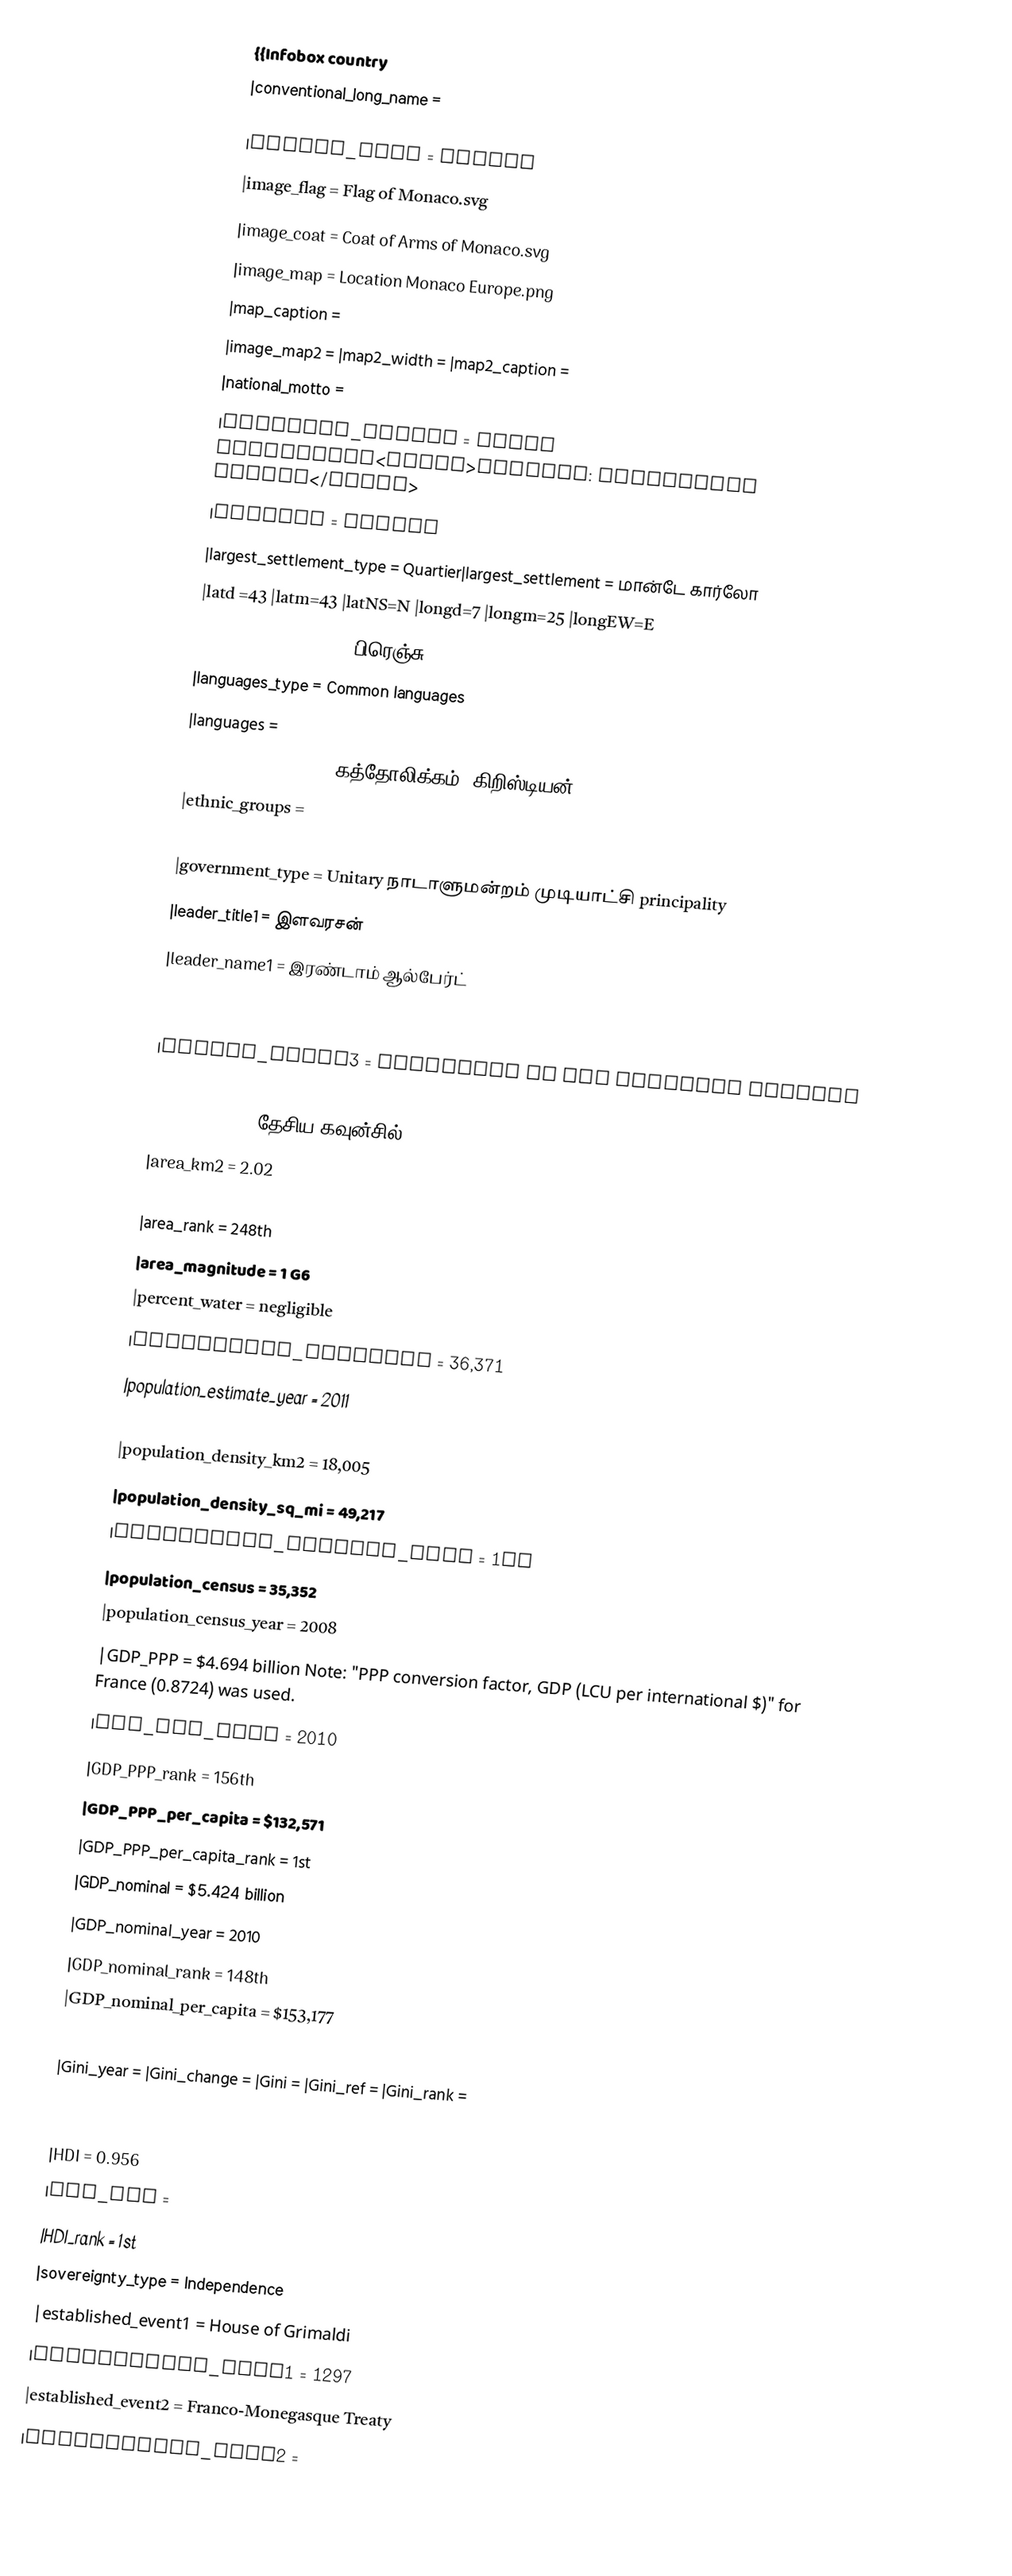
{{Infobox country
|conventional_long_name =

|common_name = Monaco
|image_flag = Flag of Monaco.svg
|image_coat = Coat of Arms of Monaco.svg
|image_map = Location Monaco Europe.png
|map_caption =
|image_map2 = |map2_width = |map2_caption =
|national_motto =
|national_anthem = Hymne Monégasque<small>English: Monégasque Anthem</small>
|capital = Monaco
|largest_settlement_type = Quartier|largest_settlement = மான்டே கார்லோ
|latd =43 |latm=43 |latNS=N |longd=7 |longm=25 |longEW=E
|official_languages = பிரெஞ்சு
|languages_type = Common languages
|languages =
|official_religion = கத்தோலிக்கம் (கிறிஸ்டியன்)
|ethnic_groups =
|demonym =
|government_type = Unitary நாடாளுமன்றம் முடியாட்சி principality
|leader_title1 = இளவரசன்
|leader_name1 = இரண்டாம் ஆல்பேர்ட்
|leader_title2 = Minister of State
|leader_name2 = Michel Roger
|leader_title3 = President of the National Council
|leader_name3 = Laurent Nouvion (REM)
|legislature = தேசிய கவுன்சில்
|area_km2 = 2.02
|area_sq_mi = 0.78
|area_rank = 248th
|area_magnitude = 1 G6
|percent_water = negligible
|population_estimate = 36,371
|population_estimate_year = 2011
|population_estimate_rank = 217th
|population_density_km2 = 18,005
|population_density_sq_mi = 49,217
|population_density_rank = 1st
|population_census = 35,352
|population_census_year = 2008
|GDP_PPP = $4.694 billion Note: "PPP conversion factor, GDP (LCU per international $)" for France (0.8724) was used.
|GDP_PPP_year = 2010
|GDP_PPP_rank = 156th
|GDP_PPP_per_capita = $132,571
|GDP_PPP_per_capita_rank = 1st
|GDP_nominal = $5.424 billion
|GDP_nominal_year = 2010
|GDP_nominal_rank = 148th
|GDP_nominal_per_capita = $153,177
|GDP_nominal_per_capita_rank = 1st
|Gini_year = |Gini_change =   |Gini =   |Gini_ref = |Gini_rank =
|HDI_year = 2008
|HDI_change = steady
|HDI = 0.956
|HDI_ref =
|HDI_rank = 1st
|sovereignty_type = Independence
|established_event1 = House of Grimaldi
|established_date1 = 1297
|established_event2 = Franco-Monegasque Treaty
|established_date2 =